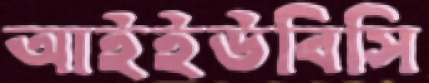
আইইউবিসি